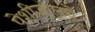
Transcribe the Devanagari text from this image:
पेशीजालचे